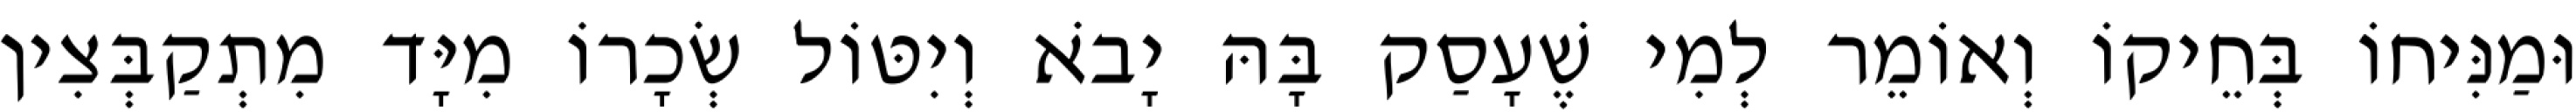
וּמַנִּיחוֹ בְּחֵיקוֹ וְאוֹמֵר לְמִי שֶׁעָסַק בָּהּ יָבֹא וְיִטּוֹל שְׂכָרוֹ מִיָּד מִתְקַבְּצִין